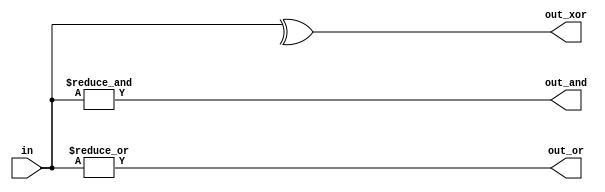
module top_module( 
    input [3:0] in,
    output out_and,
    output out_or,
    output out_xor
);

    // AND gate logic: all bits of in must be 1 for out_and to be 1
    assign out_and = &in;

    // OR gate logic: any bit of in being 1 will make out_or 1
    assign out_or = |in;

    // XOR gate logic: out_xor is 1 if the number of 1s in in is odd
    assign out_xor = ^in;

endmodule